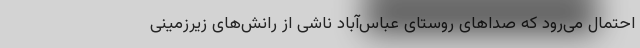
احتمال می‌رود که صداهای روستای عباس‌آباد ناشی از رانش‌های زیرزمینی